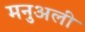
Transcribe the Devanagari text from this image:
मनुअली